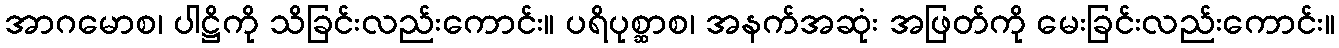
အာဂမောစ၊ ပါဋ္ဌိကို သိခြင်းလည်းကောင်း။ ပရိပုစ္ဆာစ၊ အနက်အဆုံး အဖြတ်ကို မေးခြင်းလည်းကောင်း။